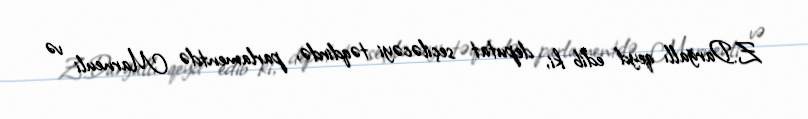
Z.Darğallı qeyd edib ki, deputat seçiləcəyi təqdirdə, parlamentdə Marneuli və